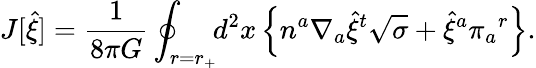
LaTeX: J[{\hat{\xi}}]={\frac{1}{8\pi G}}\oint_{r=r_{+}}\! \! d^{2}x\, \Bigl\{ n^{a}\nabla_{a}{\hat{\xi}}^{t}\sqrt{\sigma}+{\hat{\xi}}^{a}\pi_{a}{}^{r}\Bigr\} .